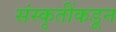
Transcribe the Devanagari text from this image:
संस्कृतींकडून